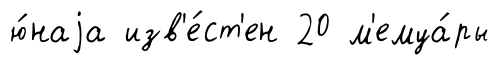
ю́наjа изв'е́ст'ен 20 м'емуа́ры